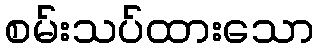
စမ်းသပ်ထားသော